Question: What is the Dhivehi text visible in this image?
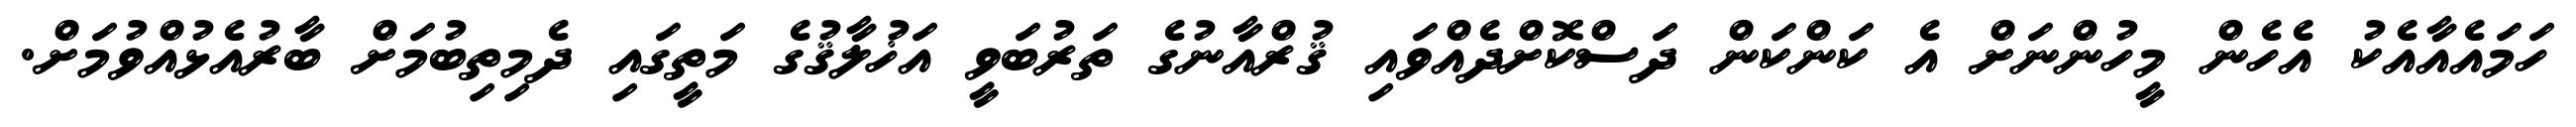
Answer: ހަމައެއާއެކު އެހެން މީހުންނަށް އެ ކަންކަން ދަސްކޮށްދެއްވައި ޤުރްއާނުގެ ތަރުބަވީ އަޚުލާޤުގެ މަތީގައި ދެމިތިބުމަށް ބާރުއެޅުއްވުމަށް.